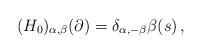
LaTeX: \begin{align*}(H_0)_{\alpha,\beta}(\partial)=\delta_{\alpha,-\beta}\beta(s)\,,\end{align*}